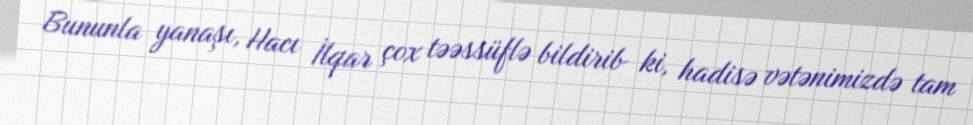
Bununla yanaşı, Hacı İlqar çox təəssüflə bildirib ki, hadisə vətənimizdə tam